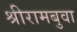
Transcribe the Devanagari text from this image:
श्रीरामबुवा